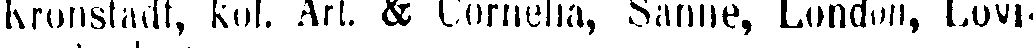
Kronstadt, kol. Art. & Cornelia, Sanne, London, Lovi-